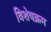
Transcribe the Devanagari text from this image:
विशेषक्रम